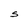
Character: S